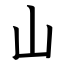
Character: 山